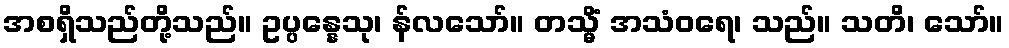
အစရှိသည်တို့သည်။ ဥပ္ပန္နေသု၊ န်လသော်။ တသ္မိံ အသံဝရေ၊ သည်။ သတိ၊ သော်။